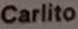
Carlito